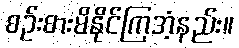
စဉ်းစားမိနိုင်ကြအံ့နည်း။